Calcutta medical institutions reports 1892-1900
Year: 1892
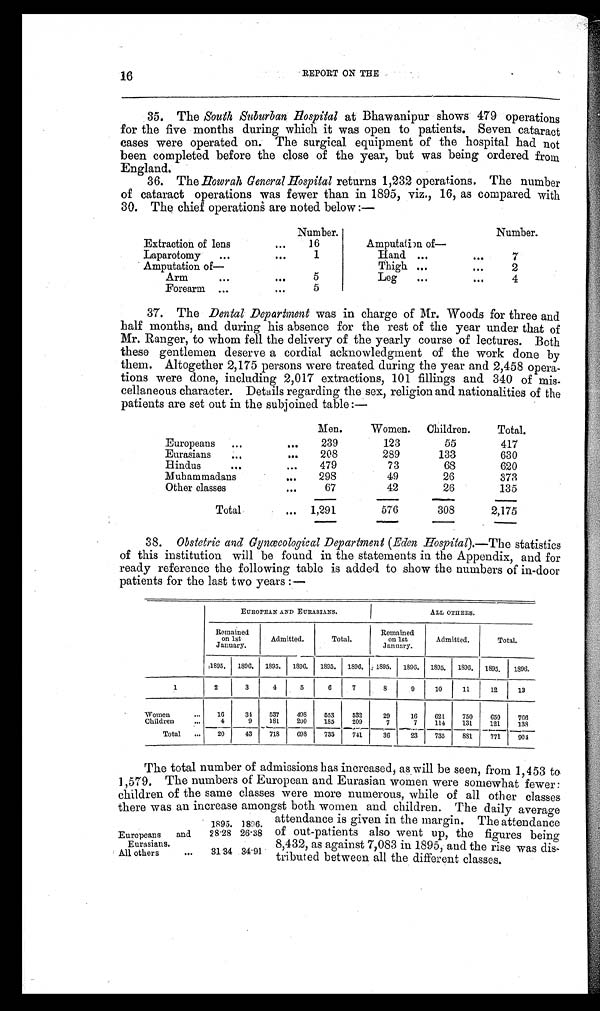
REPORT ON THE
35. The South Suburban Hospital at Bhawanipur shows 479 operations
for the five months during which it was open to patients. Seven cataract
cases were operated on. The surgical equipment of the hospital had not
been completed before the close of the year, but was being ordered from
England.
36. The Howrah General Hospital returns 1,232 operations. The number
of cataract operations was fewer than in 1895, viz., 16, as compared with
30. The chief operations are noted below:—
16
Number.
Amputation of—
Hand
7
Thigh
2
Leg
4
Number.
Extraction of lens
16
Laparotomy
1
Amputation of—
Arm
5
Forearm
5
37. The Dental Department was in charge of Mr. Woods for three and
half months, and during his absence for the rest of the year under that of
Mr. Ranger, to whom fell the delivery of the yearly course of lectures. Both
these gentlemen deserve a cordial acknowledgment of the work done by
them. Altogether 2,175 persons were treated during the year and 2,458 opera
-tions were done, including 2,017 extractions, 101 fillings and 340 of mis
-cellaneous character. Details regarding the sex, religion and nationalities of the
patients are set out in the subjoined table:—
Men.
Women. Children.
Total.
Europeans
239
123
55
417
Eurasians
208
289
133
630
Hindus
479
73
68
620
Muhammadans
298
49
26
373
Other classes
67
42
26
135
Total
1,291
576
308
2,175
38.
Obstetric and Gynœcological Department (Eden Hospital). —The statistics
of this institution will be found in the statements in the Appendix, and for
ready reference the following table is added to show the numbers of in-door
patients for the last two years:—
EUROPEAN AND EURASIANS.
ALL OTHERS.
Remained on 1st
January.
Admitted.
Total.
Remained on 1st
January.
Admitted.
Total.
1895. 1896. 1895. 1896. 1895. 1896. 1895. 1896. 1895. 1896. 1895. 1896.
1
2
3
4
5
6
7
8
9
10 11
12
13
Women
16
34
537 498
553 532
29
16 621 750 650 766
Children
4
9 181 200 185 209
7
7 114 131 121 138
Total
20
43 718 698 733
741
36
23 735 881 771 904
The total number of admissions has increased, as will be seen, from 1,453 to
1,579. The numbers of European and Eurasian women were somewhat fewer:
children of the same classes were more numerous, while of all other classes
there was an increase amongst both women and children. The daily average
attendance is given in the margin. The attendance
of out-patients also went up, the figures being
8,432, as against 7,083 in 1895, and the rise was dis
-tributed between all the different classes.
1895. 1896.
Europeans and
28.28 26.38
Eurasians,
All others
31.34 34.91